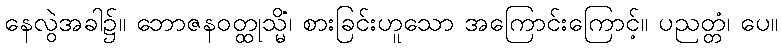
နေလွဲအခါ၌။ ဘောဇနဝတ္ထုသ္မိံ၊ စားခြင်းဟူသော အကြောင်းကြောင့်။ ပညတ္တံ၊ ပေ။